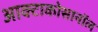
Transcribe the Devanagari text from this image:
आक्टाकोसानॉल